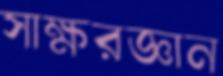
সাক্ষরজ্ঞান